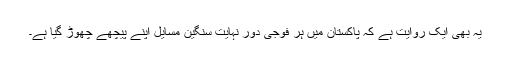
یہ بھی ایک روایت ہے کہ پاکستان میں ہر فوجی دور نہایت سنگین مسایل اپنے پیچھے چھوڑ گیا ہے۔